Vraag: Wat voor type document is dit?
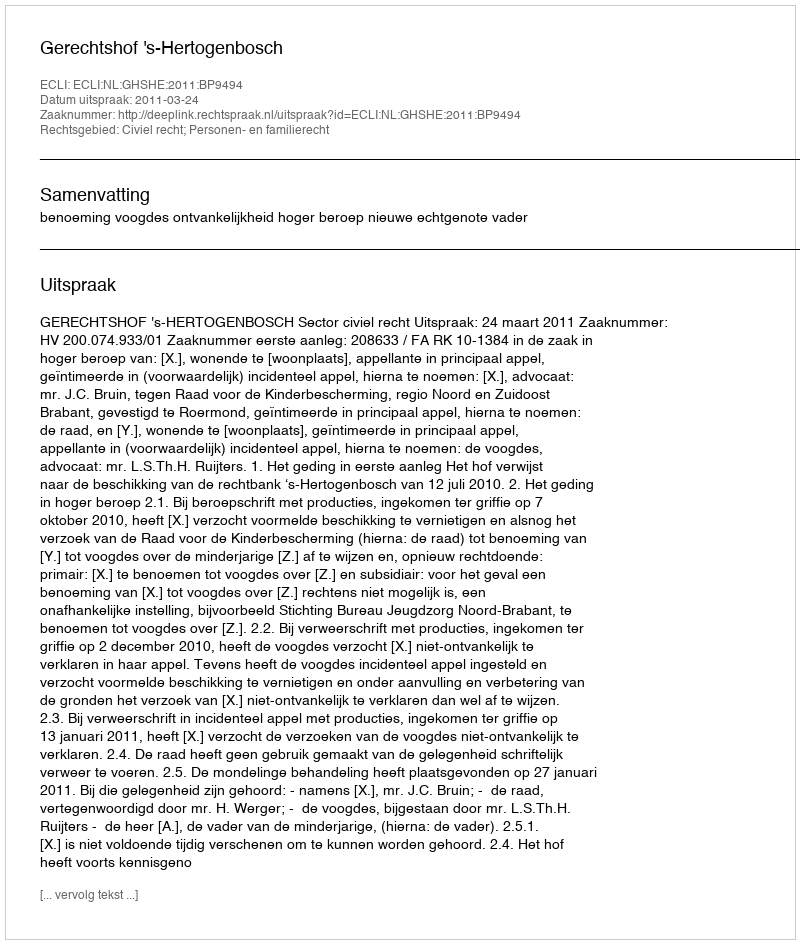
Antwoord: Uitspraak